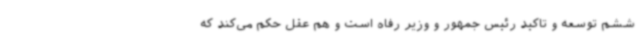
ششم توسعه و تاکید رئیس جمهور و وزیر رفاه است و هم عقل حکم می‌کند که